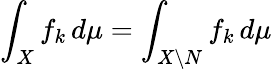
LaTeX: \int_{X}f_{k}\, d\mu=\int_{X\setminus N}f_{k}\, d\mu